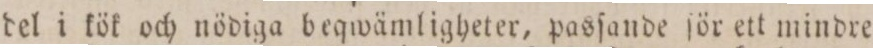
del i kök och nödiga beqwämligheter, pasſande för ett mindre